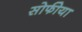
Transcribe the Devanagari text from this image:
सोफीया